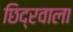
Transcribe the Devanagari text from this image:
छिद्रवाला